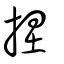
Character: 揑